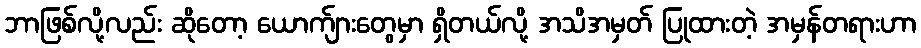
ဘာဖြစ်လို့လည်း ဆိုတော့ ယောက်ျားတွေမှာ ရှိတယ်လို့ အသိအမှတ် ပြုထားတဲ့ အမှန်တရားဟာ